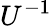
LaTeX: U^{-1}